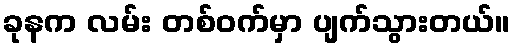
ခုနက လမ်း တစ်ဝက်မှာ ပျက်သွားတယ်။